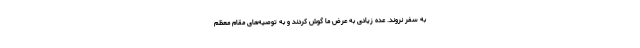
به سفر نروند. عده زیادی به عرض ما گوش کردند و به توصیه‌های مقام معظم